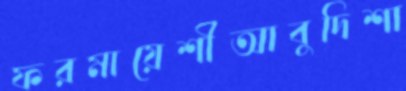
ফরমায়েশীআবুদিশা